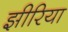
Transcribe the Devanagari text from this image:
झीरिया